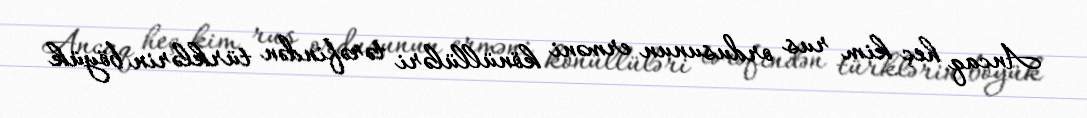
Ancaq heç kim rus ordusunun erməni könüllüləri tərəfindən türklərin böyük